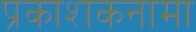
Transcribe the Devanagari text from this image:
प्रकाशकनामा